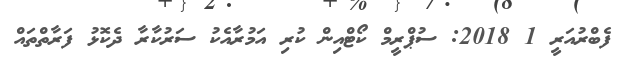
ފެބްރުއަރީ 1 2018: ސުޕްރީމް ކޯޓްއިން ކުރި އަމުރާއެކު ސަރުކާރާ ދެކޮޅު ފަރާތްތައް